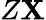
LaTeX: Z\mathbf{X}